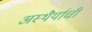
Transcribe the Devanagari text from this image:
अस्थैर्याची